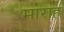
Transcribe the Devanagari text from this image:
माराह